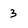
Character: 3